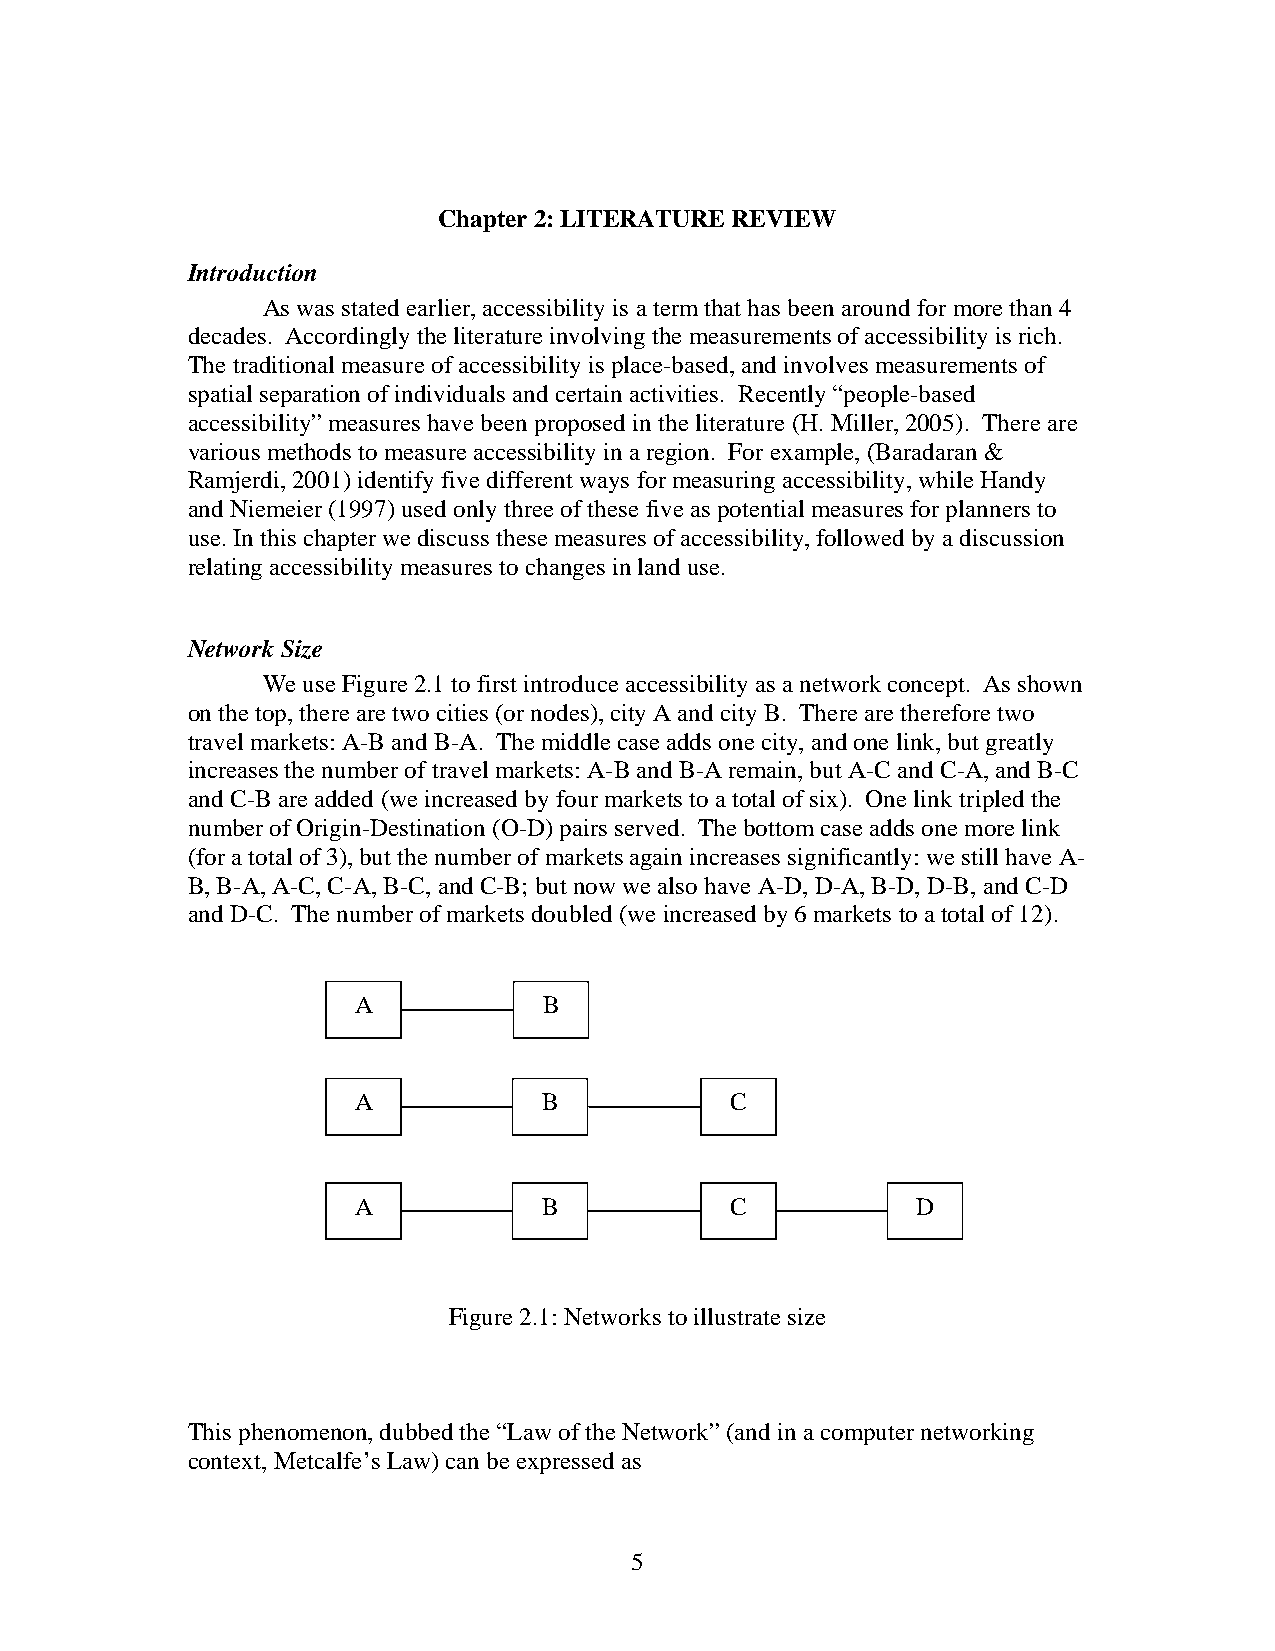
Chapter 2: LITERATURE REVIEW
 Introduction
 As was stated earlier, accessibility is a term that has been around for more than 4
 decades. Accordingly the literature involving the measurements of accessibility is rich.
 The traditional measure of accessibility is place-based, and involves measurements of
 spatial separation of individuals and certain activities. Recently “people-based
 accessibility” measures have been proposed in the literature (H. Miller, 2005). There are
 various methods to measure accessibility in a region. For example, (Baradaran &
 Ramjerdi, 2001) identify five different ways for measuring accessibility, while Handy
 and Niemeier (1997) used only three of these five as potential measures for planners to
 use. In this chapter we discuss these measures of accessibility, followed by a discussion
 relating accessibility measures to changes in land use.
 Network Size
 We use Figure 2.1 to first introduce accessibility as a network concept. As shown
 on the top, there are two cities (or nodes), city A and city B. There are therefore two
 travel markets: A-B and B-A. The middle case adds one city, and one link, but greatly
 increases the number of travel markets: A-B and B-A remain, but A-C and C-A, and B-C
 and C-B are added (we increased by four markets to a total of six). One link tripled the
 number of Origin-Destination (O-D) pairs served. The bottom case adds one more link
 (for a total of 3), but the number of markets again increases significantly: we still have A-
 B, B-A, A-C, C-A, B-C, and C-B; but now we also have A-D, D-A, B-D, D-B, and C-D
 and D-C. The number of markets doubled (we increased by 6 markets to a total of 12).
 A            B
 A            B           C
 A            B           C            D
 Figure 2.1: Networks to illustrate size
 This phenomenon, dubbed the “Law of the Network” (and in a computer networking
 context, Metcalfe’s Law) can be expressed as
 5